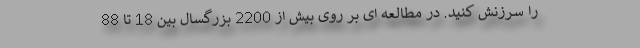
را سرزنش کنید. در مطالعه ای بر روی بیش از 2200 بزرگسال بین 18 تا 88